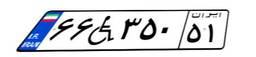
۶۶W۳۵۰۵۱